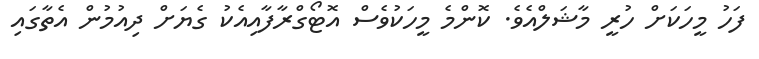
ފަހު މީހަކަށް ހުރީ މާޝަލްއެވެ. ކޮންމެ މީހަކުވެސް އޮޓޯގްރާފާއިއެކު ގެޔަށް ދިއުމުން އެތާގައި